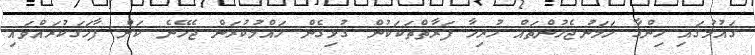
ގައުމުގައި ހިންގާ ހަމަނުޖެހުންތައް ހުރިހާ ފަރާތްތަކަކުން ގުޅިގެން ހައްލުކުރަން ޖެހޭނެ ކަން ފާހަގަކުރައްވައި